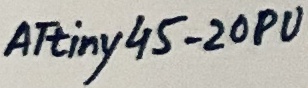
Text: ATtiny45-20PU